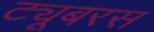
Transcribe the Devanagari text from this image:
ट्यूबरस